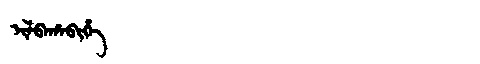
Manchu: ᡳᠯᠪᠠᡥᠠᠪᡳᡥᡝ
Romanization: ILBAHABIHE